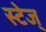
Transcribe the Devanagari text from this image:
स्टेज्